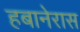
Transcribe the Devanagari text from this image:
हबानेरास